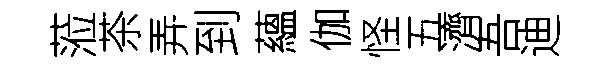
蒞茶弄到蘊伽怪五濟吾迪